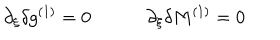
\partial _ { \xi } \delta g ^ { ( 1 ) } = 0 \qquad \quad \partial _ { \xi } \delta M ^ { ( 1 ) } = 0